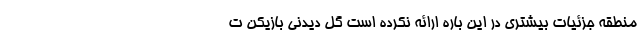
منطقه جزئیات بیشتری در این باره ارائه نکرده است گل دیدنی بازیکن ت